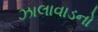
ઝાલાવાડનો